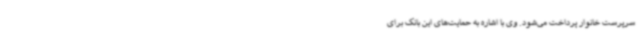
سرپرست خانوار پرداخت می‌شود. وی با اشاره به حمایت‌های این بانک برای